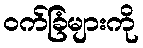
ဝက်ခြံများကို